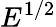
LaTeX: E^{1/2}